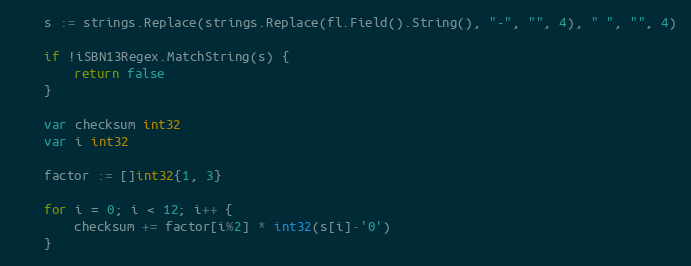
Language: Go
	s := strings.Replace(strings.Replace(fl.Field().String(), "-", "", 4), " ", "", 4)

	if !iSBN13Regex.MatchString(s) {
		return false
	}

	var checksum int32
	var i int32

	factor := []int32{1, 3}

	for i = 0; i < 12; i++ {
		checksum += factor[i%2] * int32(s[i]-'0')
	}